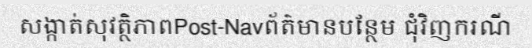
សង្កាត់សុវត្ថិភាពPost-Navព័ត៌មានបន្ថែម ជុំវិញករណី